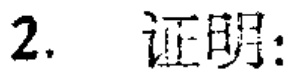
2. 证明：